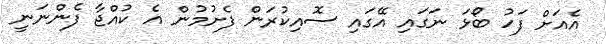
އެއަށް ފަހު ބޯޅަ ނަގައި އޭގައި ސޮއިކުރަން ފެށުމުން އެ ކުއްޖާ ފެންނަނީ